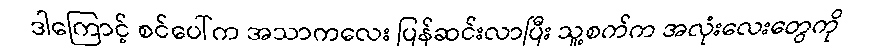
ဒါကြောင့် စင်ပေါ်က အသာကလေး ပြန်ဆင်းလာပြီး သူ့စက်က အလုံးလေးတွေကို